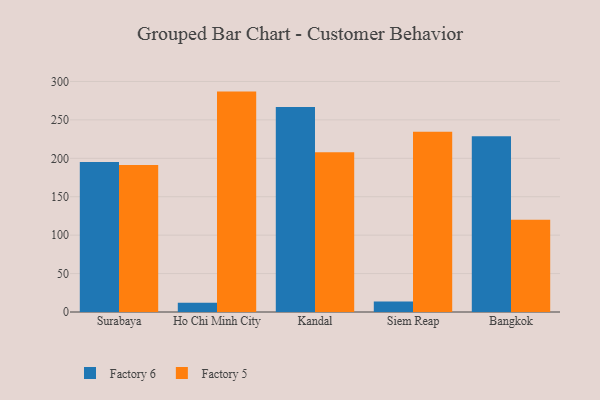
{"axis": {"x": "City", "y": "Satisfaction Score"}, "legend": ["Factory 5", "Factory 6"], "data": [{"x": "Surabaya", "y": 195.3, "type": "Factory 6"}, {"x": "Surabaya", "y": 191.4, "type": "Factory 5"}, {"x": "Ho Chi Minh City", "y": 11.9, "type": "Factory 6"}, {"x": "Ho Chi Minh City", "y": 286.8, "type": "Factory 5"}, {"x": "Kandal", "y": 266.9, "type": "Factory 6"}, {"x": "Kandal", "y": 207.8, "type": "Factory 5"}, {"x": "Siem Reap", "y": 13.7, "type": "Factory 6"}, {"x": "Siem Reap", "y": 234.7, "type": "Factory 5"}, {"x": "Bangkok", "y": 228.8, "type": "Factory 6"}, {"x": "Bangkok", "y": 120.2, "type": "Factory 5"}]}